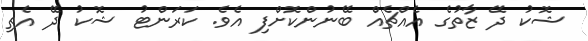
ޝޮކު ދޭ ޒާތުގެ އެއްޗެއް ބޭނުންކޮށްފި އެވެ. ކަރަންޓު ޝޮކު ދޭ އެތި